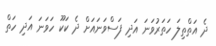
ދެ އަތްތިލަ ހަތަރުވަނަ އަދި ފަސްވަނައަށް ދެ ކަކޫ ހަވަނަ އަދި ހަތް